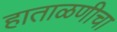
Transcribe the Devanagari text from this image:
हाताळणीचा